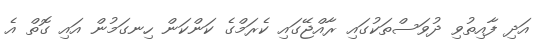
އަދި ފާއިތުވި ދުވަސްތަކުގައި ރާއްޖޭގައި ކެރަމްގެ ކަންކަން ހިނގަމުން އައި ގޮތް އެ